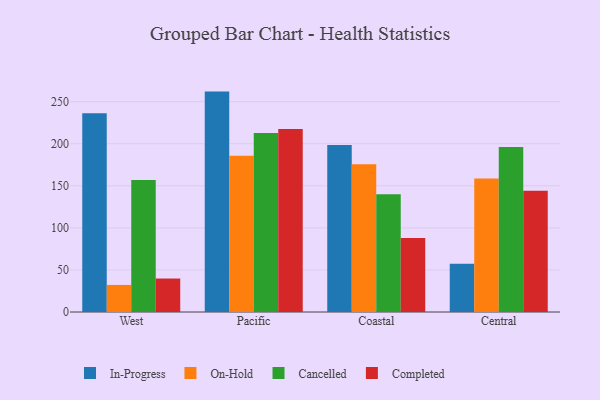
{"axis": {"x": "Region", "y": "Budget (USD K)"}, "legend": ["Cancelled", "Completed", "In-Progress", "On-Hold"], "data": [{"x": "West", "y": 236.3, "type": "In-Progress"}, {"x": "West", "y": 32.2, "type": "On-Hold"}, {"x": "West", "y": 157.0, "type": "Cancelled"}, {"x": "West", "y": 39.8, "type": "Completed"}, {"x": "Pacific", "y": 262.0, "type": "In-Progress"}, {"x": "Pacific", "y": 185.7, "type": "On-Hold"}, {"x": "Pacific", "y": 212.9, "type": "Cancelled"}, {"x": "Pacific", "y": 217.6, "type": "Completed"}, {"x": "Coastal", "y": 198.5, "type": "In-Progress"}, {"x": "Coastal", "y": 175.5, "type": "On-Hold"}, {"x": "Coastal", "y": 139.9, "type": "Cancelled"}, {"x": "Coastal", "y": 88.0, "type": "Completed"}, {"x": "Central", "y": 57.3, "type": "In-Progress"}, {"x": "Central", "y": 158.8, "type": "On-Hold"}, {"x": "Central", "y": 196.1, "type": "Cancelled"}, {"x": "Central", "y": 144.0, "type": "Completed"}]}